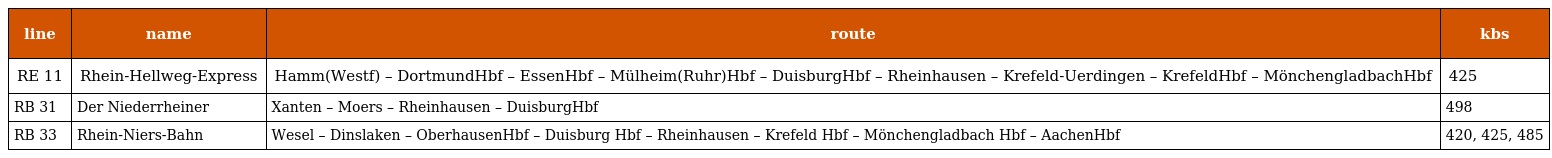
| line | name | route | kbs |
 | --- | --- | --- | --- |
 | RE 11 | Rhein-Hellweg-Express | Hamm(Westf) – DortmundHbf – EssenHbf – Mülheim(Ruhr)Hbf – DuisburgHbf – Rheinhausen – Krefeld-Uerdingen – KrefeldHbf – MönchengladbachHbf | 425 |
 | RB 31 | Der Niederrheiner | Xanten – Moers – Rheinhausen – DuisburgHbf | 498 |
 | RB 33 | Rhein-Niers-Bahn | Wesel – Dinslaken – OberhausenHbf – Duisburg Hbf – Rheinhausen – Krefeld Hbf – Mönchengladbach Hbf – AachenHbf | 420, 425, 485 |